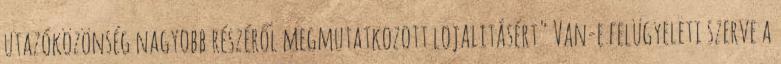
utazóközönség nagyobb részéről megmutatkozott lojalitásért" Van-e felügyeleti szerve a